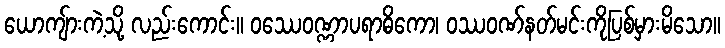
ယောကျ်ားကဲ့သို့ လည်းကောင်း။ ဝဿေဝဏ္ဏာပရာဓိကော၊ ဝဿဝဏ်နတ်မင်းကိုပြစ်မှားမိသော။